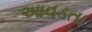
આવડતા